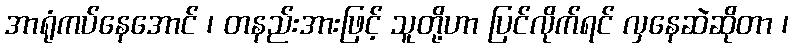
အာရုံကပ်နေအောင် ၊ တနည်းအားဖြင့် သူတို့ဟာ ပြင်လိုက်ရင် လှနေဆဲဆိုတာ ၊